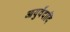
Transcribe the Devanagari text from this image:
आयुर्वेदादि